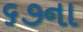
૬૭ના